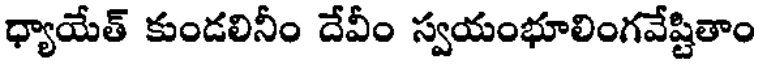
ధ్యాయేత్ కుండలినీం దేవీం స్వయంభూలింగవేష్టితాం